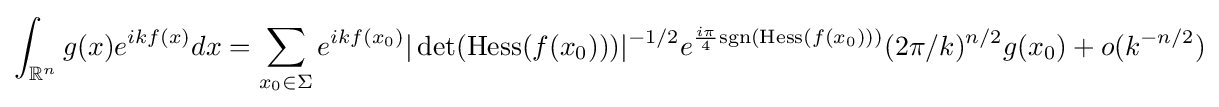
\int _{\mathbb {R} ^{n}}g(x)e^{ikf(x)}dx=\sum _{x_{0}\in \Sigma }e^{ikf(x_{0})}|\det({\mathrm {Hess} }(f(x_{0})))|^{-1/2}e^{{\frac {i\pi }{4}}\mathrm {sgn} (\mathrm {Hess} (f(x_{0})))}(2\pi /k)^{n/2}g(x_{0})+o(k^{-n/2})